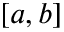
[ a , b ]